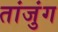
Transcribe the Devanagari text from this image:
तांजुंग